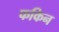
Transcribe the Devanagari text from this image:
फकिन